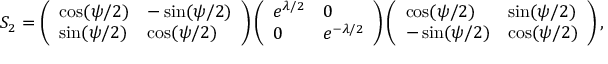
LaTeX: S _ { 2 } = \left( \begin{array} { l l } { { \cos ( \psi / 2 ) } } & { { - \sin ( \psi / 2 ) } } \\ { { \sin ( \psi / 2 ) } } & { { \cos ( \psi / 2 ) } } \end{array} \right) \left( \begin{array} { l l } { { e ^ { \lambda / 2 } } } & { { 0 } } \\ { { 0 } } & { { e ^ { - \lambda / 2 } } } \end{array} \right) \left( \begin{array} { l l } { { \cos ( \psi / 2 ) } } & { { \sin ( \psi / 2 ) } } \\ { { - \sin ( \psi / 2 ) } } & { { \cos ( \psi / 2 ) } } \end{array} \right) ,